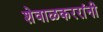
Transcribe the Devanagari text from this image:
शेवाळकररांनी